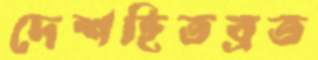
দেশহিতব্রত